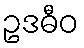
ဥဒဓီဝ